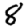
Digit: 8